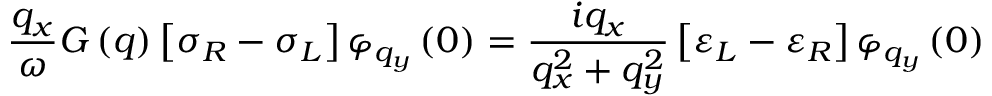
\frac { { { q } _ { x } } } { \omega } G \left( q \right) \left[ { { \sigma } _ { R } } - { { \sigma } _ { L } } \right] { { \varphi } _ { { { q } _ { y } } } } \left( 0 \right) = \frac { i { { q } _ { x } } } { q _ { x } ^ { 2 } + q _ { y } ^ { 2 } } \left[ { { \varepsilon } _ { L } } - { { \varepsilon } _ { R } } \right] { { \varphi } _ { { { q } _ { y } } } } \left( 0 \right)